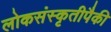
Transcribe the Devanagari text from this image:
लोकसंस्कृतीपैकी